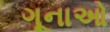
ગૂનાઓ